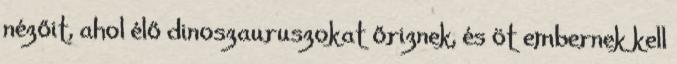
nézőit, ahol élő dinoszauruszokat őriznek, és öt embernek kell